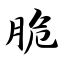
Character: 脆